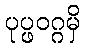
ပုပ္ဖဝဂ္ဂမှိ